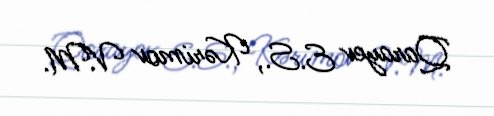
Qarayev E.S., Kərimov V.M.